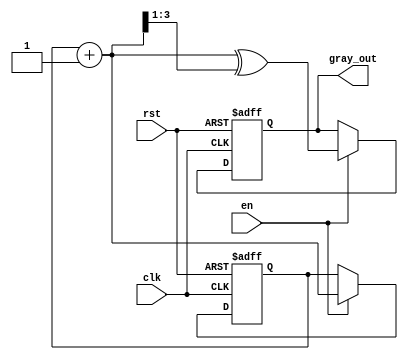
module gray_code_counter (
    input wire clk,        // Clock signal
    input wire rst,        // Reset signal (active-high)
    input wire en,         // Enable signal (active-high)
    output reg [3:0] gray_out // Gray code output (4-bit)
);

    reg [3:0] binary_count; // 4-bit binary counter

    // Binary to Gray code conversion
    function [3:0] binary_to_gray;
        input [3:0] binary;
        begin
            binary_to_gray = binary ^ (binary >> 1);
        end
    endfunction

    // Sequential logic for counting
    always @(posedge clk or posedge rst) begin
        if (rst) begin
            binary_count <= 4'b0000; // Reset binary counter to 0
            gray_out <= binary_to_gray(4'b0000); // Reset Gray code output to 0
        end else if (en) begin
            binary_count <= binary_count + 1; // Increment binary counter
            gray_out <= binary_to_gray(binary_count + 1); // Update Gray code output
        end
    end

endmodule